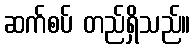
ဆက်စပ် တည်ရှိသည်။